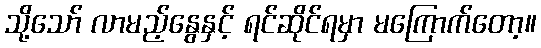
သို့သော် လာမည့်နွေနှင့် ရင်ဆိုင်ရမှာ မကြောက်တော့။